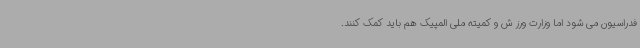
فدراسیون می شود اما وزارت ورز ش و کمیته ملی المپیک هم باید کمک کنند.